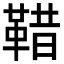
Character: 𩊿